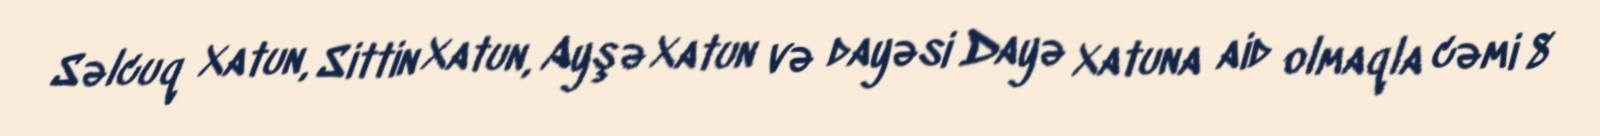
Səlcuq Xatun, Sittin Xatun, Ayşə Xatun və dayəsi Dayə Xatuna aid olmaqla cəmi 8